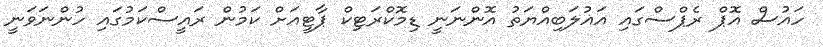
ހައުސް އޮޕް ރެޕްސްގައި އަޣުލަބިއްޔަތު އޮންނަނީ ޑިމޮކްރަޓިކް ޕާޓީއަށް ކަމުން ރައީސްކަމުގައި ހުންނަވަނީ